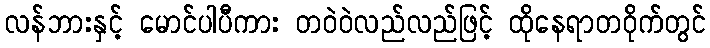
လန်ဘားနှင့် မောင်ပါပီကား တဝဲဝဲလည်လည်ဖြင့် ထိုနေရာတဝိုက်တွင်